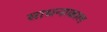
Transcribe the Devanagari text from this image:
साधनाकाल